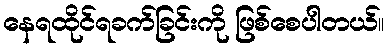
နေရထိုင်ရခက်ခြင်းကို ဖြစ်စေပါတယ်။